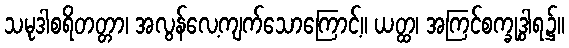
သမုဒါစရိတတ္တာ၊ အလွန်လေ့ကျက်သောကြောင့်။ ယတ္ထ၊ အကြင်စက္ခုဒွါရ၌။